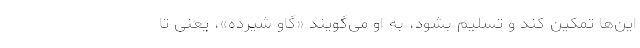
این‌ها تمکین کند و تسلیم بشود، به او می‌گویند «گاو شیرده»، یعنی تا